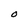
Character: O